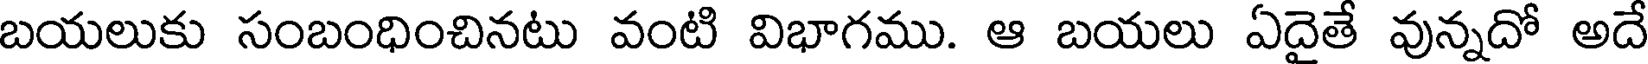
బయలుకు సంబంధించినటు వంటి విభాగము. ఆ బయలు ఏదైతే వున్నదో అదే